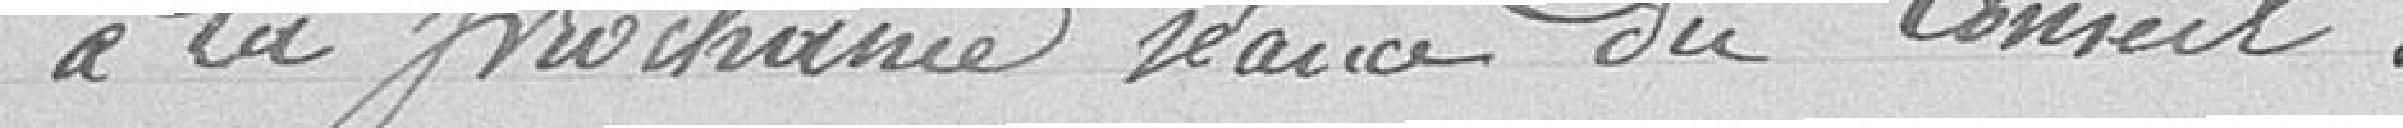
à la prochaine séance du Conseil.